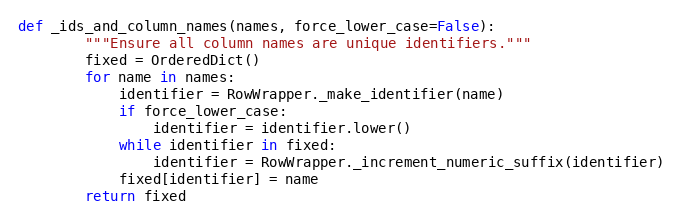
Language: Python
def _ids_and_column_names(names, force_lower_case=False):
        """Ensure all column names are unique identifiers."""
        fixed = OrderedDict()
        for name in names:
            identifier = RowWrapper._make_identifier(name)
            if force_lower_case:
                identifier = identifier.lower()
            while identifier in fixed:
                identifier = RowWrapper._increment_numeric_suffix(identifier)
            fixed[identifier] = name
        return fixed